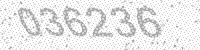
Solution: 036236